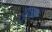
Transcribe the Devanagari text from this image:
युक्तां